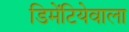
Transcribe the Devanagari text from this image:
डिमेंटियेवाला